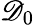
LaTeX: \mathscr{D}_{0}